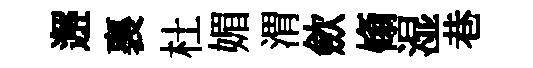
邂裏杜媚渭歛翛湿巷